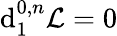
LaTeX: {\mathrm{d}}_{1}^{0,n}{\mathcal{L}}=0